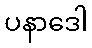
ပနာဒေါ